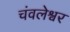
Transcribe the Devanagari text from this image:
चंवलेश्वर